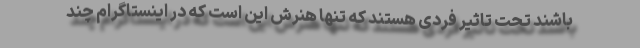
باشند تحت تاثیر فردی هستند که تنها هنرش این است که در اینستاگرام چند